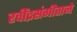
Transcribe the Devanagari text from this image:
रवींद्रसंगीताने